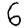
Digit: 6